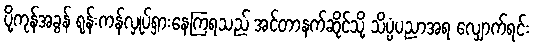
ပို့ကုန်အခွန် ရုန်းကန်လှုပ်ရှားနေကြရသည် အင်တာနက်ဆိုင်သို့ သိပ္ပံပညာအရ လျှောက်ရင်း